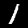
Digit: 1